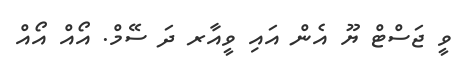
ވީ ޖަސްޓް ޔޫ އެން އައި ވީއާރ ދަ ސޭމް. އޯއް އޯއް